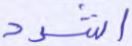
اشدد